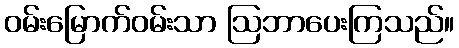
ဝမ်းမြောက်ဝမ်းသာ ဩဘာပေးကြသည်။